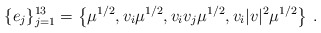
\begin{align*} \{ e_j \}^{13}_{j=1}=\left\lbrace \mu^{1/2} , v_i \mu^{1/2} ,v_iv_j\mu^{1/2} , v_i|v|^2\mu^{1/2} \right\rbrace\,.\end{align*}